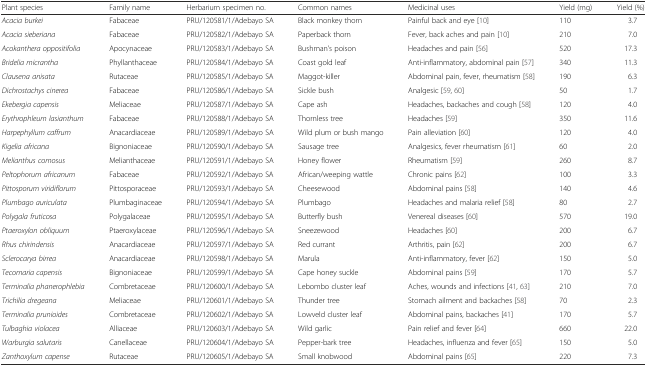
<table><thead><tr><td><b>Plant species</b></td><td><b>Family name</b></td><td><b>Herbarium specimen no.</b></td><td><b>Common names</b></td><td><b>Medicinal uses</b></td><td><b>Yield (mg)</b></td><td><b>Yield (%)</b></td></tr></thead><tbody><tr><td><i>Acacia burkei</i></td><td>Fabaceae</td><td>PRU/120581/1/Adebayo SA</td><td>Black monkey thorn</td><td>Painful back and eye [10]</td><td>110</td><td>3.7</td></tr><tr><td><i>Acacia sieberiana</i></td><td>Fabaceae</td><td>PRU/120582/1/Adebayo SA</td><td>Paperback thorn</td><td>Fever, back aches and pain [10]</td><td>210</td><td>7.0</td></tr><tr><td><i>Acokanthera oppositifolia</i></td><td>Apocynaceae</td><td>PRU/120583/1/Adebayo SA</td><td>Bushman’s poison</td><td>Headaches and pain [56]</td><td>520</td><td>17.3</td></tr><tr><td><i>Bridelia micrantha</i></td><td>Phyllanthaceae</td><td>PRU/120584/1/Adebayo SA</td><td>Coast gold leaf</td><td>Anti-inflammatory, abdominal pain [57]</td><td>340</td><td>11.3</td></tr><tr><td><i>Clausena anisata</i></td><td>Rutaceae</td><td>PRU/120585/1/Adebayo SA</td><td>Maggot-killer</td><td>Abdominal pain, fever, rheumatism [58]</td><td>190</td><td>6.3</td></tr><tr><td><i>Dichrostachys cinerea</i></td><td>Fabaceae</td><td>PRU/120586/1/Adebayo SA</td><td>Sickle bush</td><td>Analgesic [59, 60]</td><td>50</td><td>1.7</td></tr><tr><td><i>Ekebergia capensis</i></td><td>Meliaceae</td><td>PRU/120587/1/Adebayo SA</td><td>Cape ash</td><td>Headaches, backaches and cough [58]</td><td>120</td><td>4.0</td></tr><tr><td><i>Erythrophleum lasianthum</i></td><td>Fabaceae</td><td>PRU/120588/1/Adebayo SA</td><td>Thornless tree</td><td>Headaches [59]</td><td>350</td><td>11.6</td></tr><tr><td><i>Harpephyllum caffrum</i></td><td>Anacardiaceae</td><td>PRU/120589/1/Adebayo SA</td><td>Wild plum or bush mango</td><td>Pain alleviation [60]</td><td>120</td><td>4.0</td></tr><tr><td><i>Kigelia africana</i></td><td>Bignoniaceae</td><td>PRU/120590/1/Adebayo SA</td><td>Sausage tree</td><td>Analgesics, fever rheumatism [61]</td><td>60</td><td>2.0</td></tr><tr><td><i>Melianthus comosus</i></td><td>Melianthaceae</td><td>PRU/120591/1/Adebayo SA</td><td>Honey flower</td><td>Rheumatism [59]</td><td>260</td><td>8.7</td></tr><tr><td><i>Peltophorum africanum</i></td><td>Fabaceae</td><td>PRU/120592/1/Adebayo SA</td><td>African/weeping wattle</td><td>Chronic pains [62]</td><td>100</td><td>3.3</td></tr><tr><td><i>Pittosporum viridiflorum</i></td><td>Pittosporaceae</td><td>PRU/120593/1/Adebayo SA</td><td>Cheesewood</td><td>Abdominal pains [58]</td><td>140</td><td>4.6</td></tr><tr><td><i>Plumbago auriculata</i></td><td>Plumbaginaceae</td><td>PRU/120594/1/Adebayo SA</td><td>Plumbago</td><td>Headaches and malaria relief [58]</td><td>80</td><td>2.7</td></tr><tr><td><i>Polygala fruticosa</i></td><td>Polygalaceae</td><td>PRU/120595/1/Adebayo SA</td><td>Butterfly bush</td><td>Venereal diseases [60]</td><td>570</td><td>19.0</td></tr><tr><td><i>Ptaeroxylon obliquum</i></td><td>Ptaeroxylaceae</td><td>PRU/120596/1/Adebayo SA</td><td>Sneezewood</td><td>Headaches [60]</td><td>200</td><td>6.7</td></tr><tr><td><i>Rhus chirindensis</i></td><td>Anacardiaceae</td><td>PRU/120597/1/Adebayo SA</td><td>Red currant</td><td>Arthritis, pain [62]</td><td>200</td><td>6.7</td></tr><tr><td><i>Sclerocarya birrea</i></td><td>Anacardiaceae</td><td>PRU/120598/1/Adebayo SA</td><td>Marula</td><td>Anti-inflammatory, fever [62]</td><td>150</td><td>5.0</td></tr><tr><td><i>Tecomaria capensis</i></td><td>Bignoniaceae</td><td>PRU/120599/1/Adebayo SA</td><td>Cape honey suckle</td><td>Abdominal pains [59]</td><td>170</td><td>5.7</td></tr><tr><td><i>Terminalia phanerophlebia</i></td><td>Combretaceae</td><td>PRU/120600/1/Adebayo SA</td><td>Lebombo cluster leaf</td><td>Aches, wounds and infections [41, 63]</td><td>210</td><td>7.0</td></tr><tr><td><i>Trichilia dregeana</i></td><td>Meliaceae</td><td>PRU/120601/1/Adebayo SA</td><td>Thunder tree</td><td>Stomach ailment and backaches [58]</td><td>70</td><td>2.3</td></tr><tr><td><i>Terminalia prunioides</i></td><td>Combretaceae</td><td>PRU/120602/1/Adebayo SA</td><td>Lowveld cluster leaf</td><td>Abdominal pains, backaches [41]</td><td>170</td><td>5.7</td></tr><tr><td><i>Tulbaghia violacea</i></td><td>Alliaceae</td><td>PRU/120603/1/Adebayo SA</td><td>Wild garlic</td><td>Pain relief and fever [64]</td><td>660</td><td>22.0</td></tr><tr><td><i>Warburgia salutaris</i></td><td>Canellaceae</td><td>PRU/120604/1/Adebayo SA</td><td>Pepper-bark tree</td><td>Headaches, influenza and fever [65]</td><td>150</td><td>5.0</td></tr><tr><td><i>Zanthoxylum capense</i></td><td>Rutaceae</td><td>PRU/120605/1/Adebayo SA</td><td>Small knobwood</td><td>Abdominal pains [65]</td><td>220</td><td>7.3</td></tr></tbody></table>